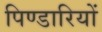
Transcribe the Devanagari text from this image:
पिण्डारियों